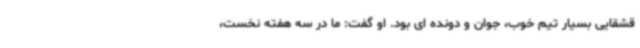
قشقایی بسیار تیم خوب، جوان و دونده ای بود. او گفت: ما در سه هفته نخست،